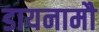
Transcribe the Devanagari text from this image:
डायनामौ